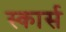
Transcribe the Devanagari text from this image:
स्कार्स